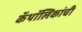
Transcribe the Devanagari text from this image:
कॅथॉलिकांची